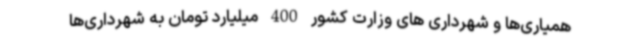
همیاری‌ها و شهرداری های وزارت کشور 400 میلیارد تومان به شهرداری‌ها